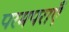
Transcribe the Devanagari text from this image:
परमपराएँ